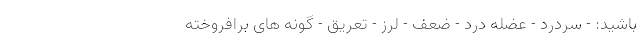
باشید: - سردرد - عضله درد - ضعف - لرز - تعریق - گونه های برافروخته